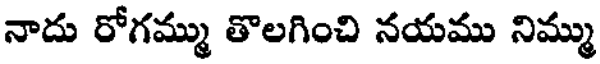
నాదు రోగమ్ము తొలగించి నయము నిమ్ము